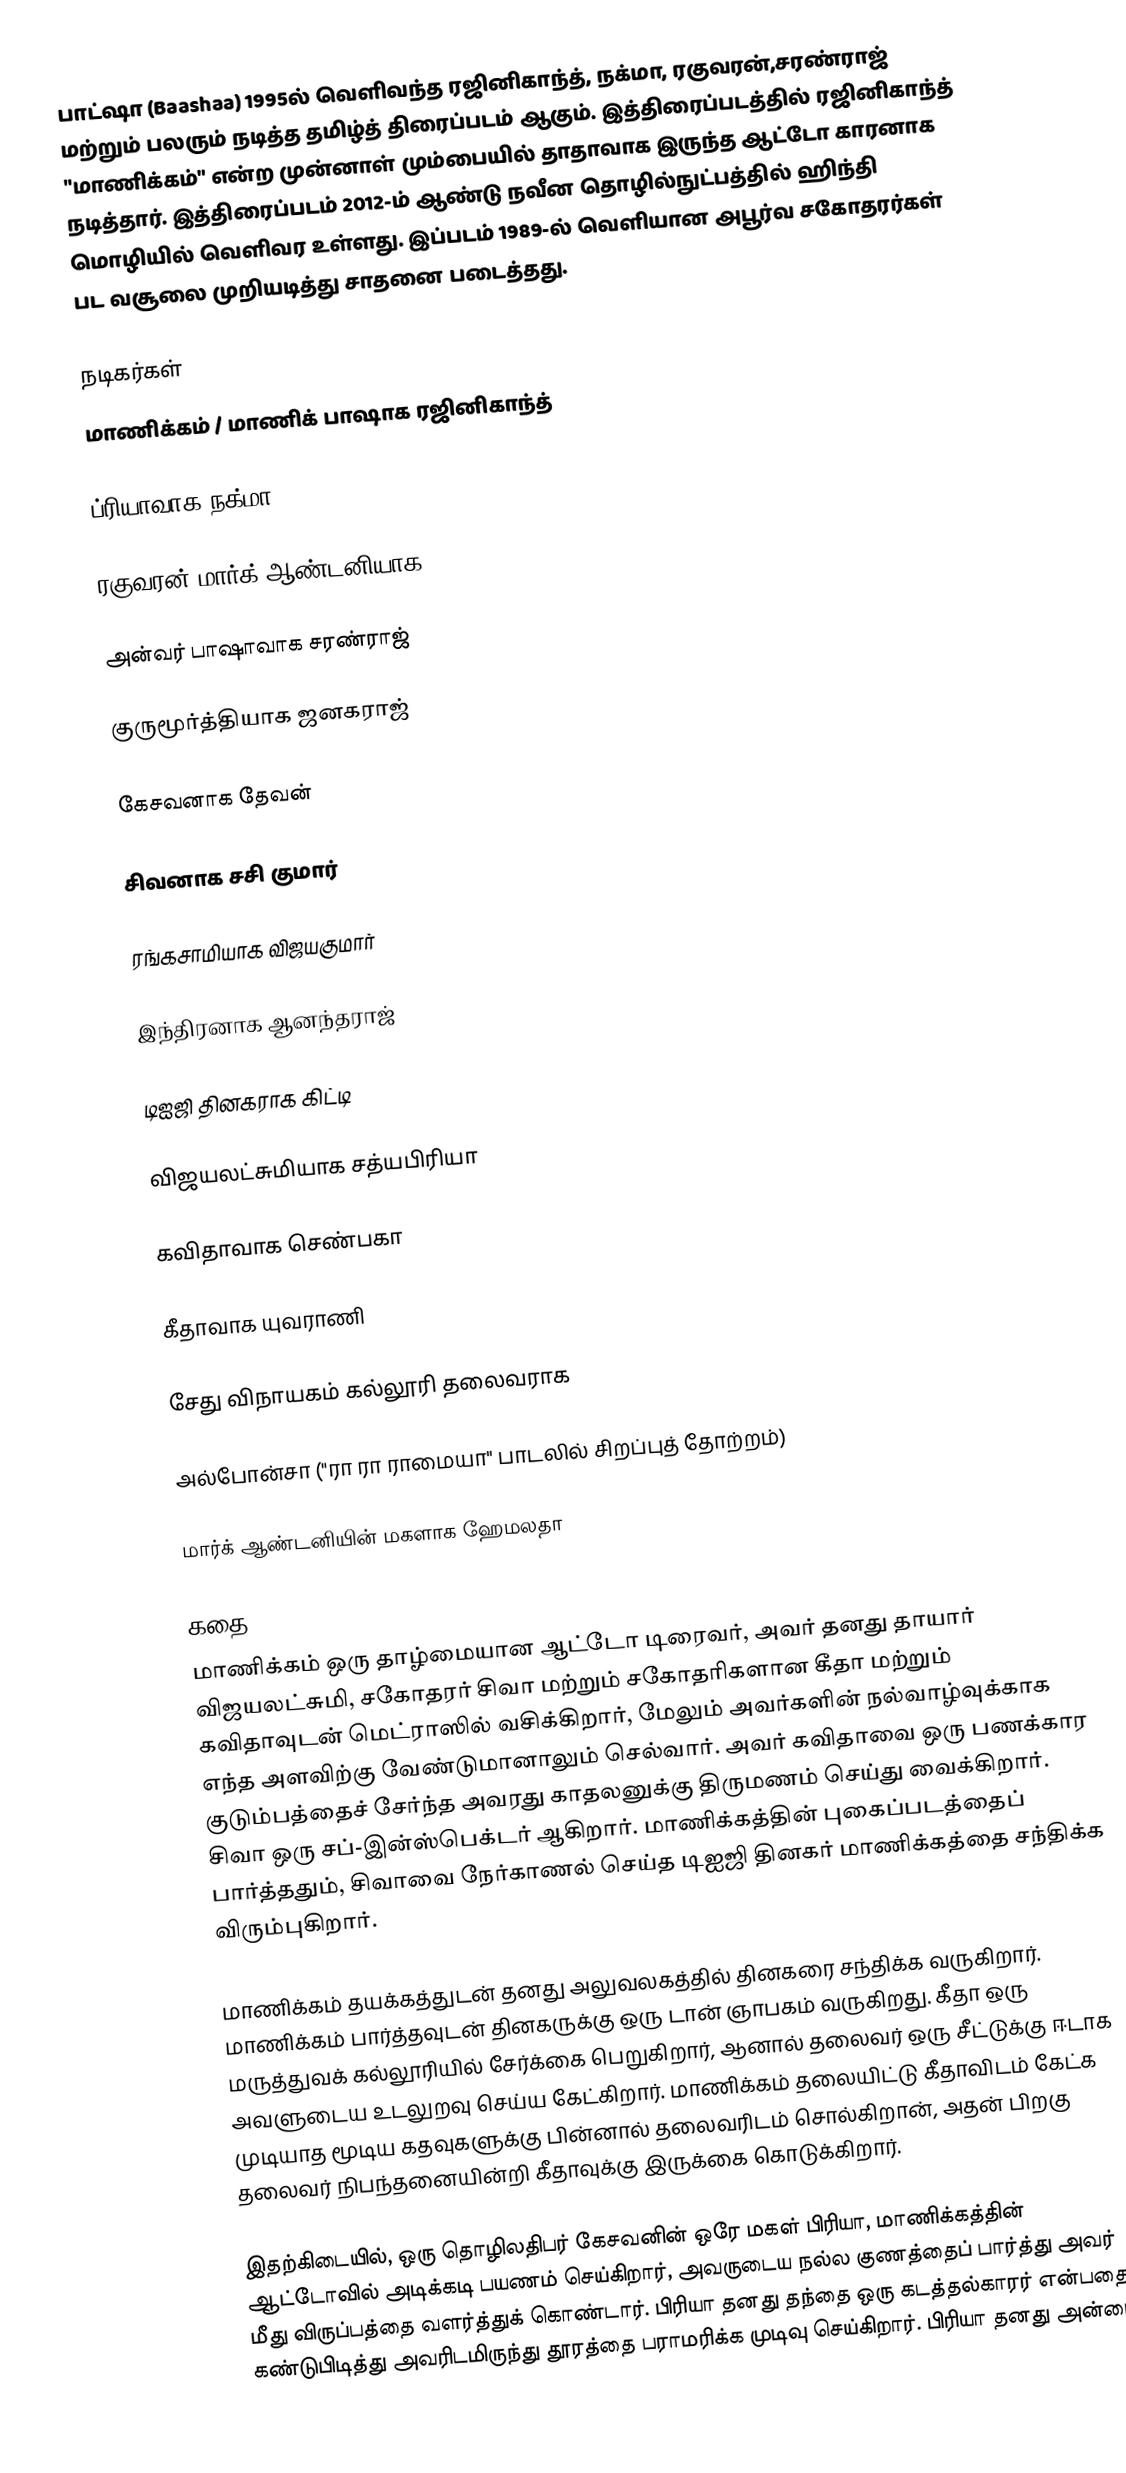
பாட்ஷா (Baashaa) 1995ல் வெளிவந்த ரஜினிகாந்த், நக்மா, ரகுவரன்,சரண்ராஜ் மற்றும் பலரும் நடித்த தமிழ்த் திரைப்படம் ஆகும். இத்திரைப்படத்தில் ரஜினிகாந்த் "மாணிக்கம்" என்ற முன்னாள் மும்பையில் தாதாவாக இருந்த ஆட்டோ காரனாக நடித்தார். இத்திரைப்படம் 2012-ம் ஆண்டு நவீன தொழில்நுட்பத்தில் ஹிந்தி மொழியில் வெளிவர உள்ளது. இப்படம் 1989-ல் வெளியான அபூர்வ சகோதரர்கள் பட வசூலை முறியடித்து சாதனை படைத்தது.

நடிகர்கள்
மாணிக்கம் / மாணிக் பாஷாக  ரஜினிகாந்த்

ப்ரியாவாக நக்மா

ரகுவரன் மார்க் ஆண்டனியாக

அன்வர் பாஷாவாக சரண்ராஜ்

குருமூர்த்தியாக ஜனகராஜ்

கேசவனாக தேவன்

சிவனாக சசி குமார்

ரங்கசாமியாக விஜயகுமார்

இந்திரனாக ஆனந்தராஜ்

டிஐஜி தினகராக கிட்டி

விஜயலட்சுமியாக சத்யபிரியா

கவிதாவாக செண்பகா

கீதாவாக யுவராணி

சேது விநாயகம் கல்லூரி தலைவராக

அல்போன்சா ("ரா ரா ராமையா" பாடலில் சிறப்புத் தோற்றம்)

மார்க் ஆண்டனியின் மகளாக ஹேமலதா

கதை
மாணிக்கம் ஒரு தாழ்மையான ஆட்டோ டிரைவர், அவர் தனது தாயார் விஜயலட்சுமி, சகோதரர் சிவா மற்றும் சகோதரிகளான கீதா மற்றும் கவிதாவுடன் மெட்ராஸில் வசிக்கிறார், மேலும் அவர்களின் நல்வாழ்வுக்காக எந்த அளவிற்கு வேண்டுமானாலும் செல்வார்.  அவர் கவிதாவை ஒரு பணக்கார குடும்பத்தைச் சேர்ந்த அவரது காதலனுக்கு திருமணம் செய்து வைக்கிறார்.  சிவா ஒரு சப்-இன்ஸ்பெக்டர் ஆகிறார்.  மாணிக்கத்தின் புகைப்படத்தைப் பார்த்ததும், சிவாவை நேர்காணல் செய்த டிஐஜி தினகர் மாணிக்கத்தை சந்திக்க விரும்புகிறார்.

மாணிக்கம் தயக்கத்துடன் தனது அலுவலகத்தில் தினகரை சந்திக்க வருகிறார்.  மாணிக்கம் பார்த்தவுடன் தினகருக்கு ஒரு டான் ஞாபகம் வருகிறது.  கீதா ஒரு மருத்துவக் கல்லூரியில் சேர்க்கை பெறுகிறார், ஆனால் தலைவர் ஒரு சீட்டுக்கு ஈடாக அவளுடைய உடலுறவு செய்ய கேட்கிறார்.  மாணிக்கம் தலையிட்டு கீதாவிடம் கேட்க முடியாத மூடிய கதவுகளுக்கு பின்னால் தலைவரிடம் சொல்கிறான், அதன் பிறகு தலைவர் நிபந்தனையின்றி கீதாவுக்கு இருக்கை கொடுக்கிறார்.

இதற்கிடையில், ஒரு தொழிலதிபர் கேசவனின் ஒரே மகள் பிரியா, மாணிக்கத்தின் ஆட்டோவில் அடிக்கடி பயணம் செய்கிறார், அவருடைய நல்ல குணத்தைப் பார்த்து அவர் மீது விருப்பத்தை வளர்த்துக் கொண்டார்.  பிரியா தனது தந்தை ஒரு கடத்தல்காரர் என்பதைக் கண்டுபிடித்து அவரிடமிருந்து தூரத்தை பராமரிக்க முடிவு செய்கிறார்.  பிரியா தனது அன்பை